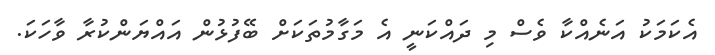
އެކަމަކު އަނެއްކާ ވެސް މި ދައްކަނީ އެ މަގާމުތަކަށް ބޭފުޅުން އައްޔަންކުރާ ވާހަކަ.